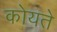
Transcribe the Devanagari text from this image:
कोयते